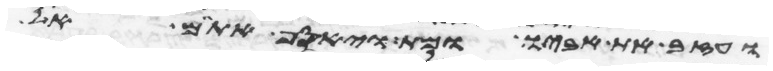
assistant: ועזב את אביו ומת ויאסף אתם אל